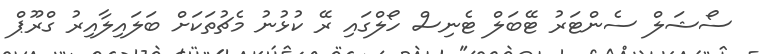
ސޯޝަލް ސެންޓަރު ޓޭބަލް ޓެނިސް ހޯލްގައި ރޭ ކުޅުނު މެޗުތަކަށް ބަލައިލާއިރު ގްރޫޕް